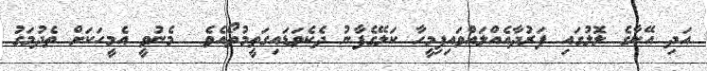
އަދި އޭނާގެ ލޮލުގައި ފަރުދާއެއްލައްވައިފިމީހާ ކަލޭގެފާނު ދެކެވަޑައިގަތީމުތޯއެވެ  މެނުވީ އެމީހަކަށް ތެދުމަގު